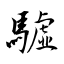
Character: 驉